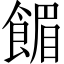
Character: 𫗗